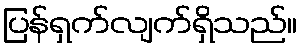
ပြန်ရှက်လျက်ရှိသည်။